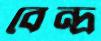
বেন্দ্র